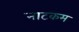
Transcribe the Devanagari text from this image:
नाटकम